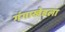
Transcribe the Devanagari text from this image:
गंगाखेडला